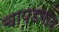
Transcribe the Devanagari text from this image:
चापडगांव